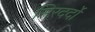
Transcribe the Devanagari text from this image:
सिरदर्दों